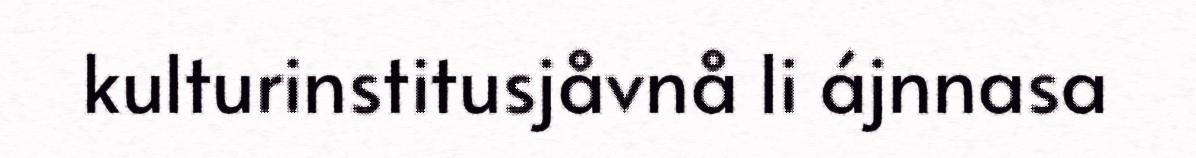
kulturinstitusjåvnå li ájnnasa